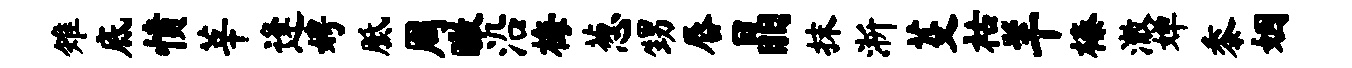
雉底愤莘逢娉胝周瞰沿梅葱甥唇晶抹淅芟祜羊榛澈婵黍姻